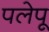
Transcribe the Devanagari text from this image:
पलेपू